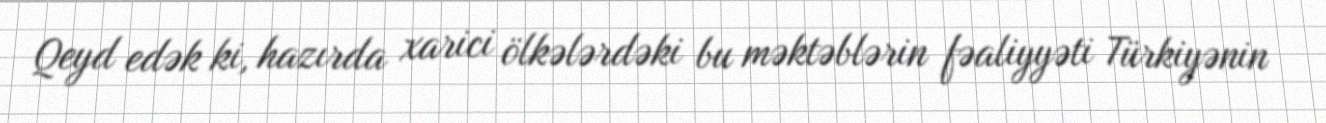
Qeyd edək ki, hazırda xarici ölkələrdəki bu məktəblərin fəaliyyəti Türkiyənin